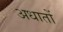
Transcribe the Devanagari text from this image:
अधातों